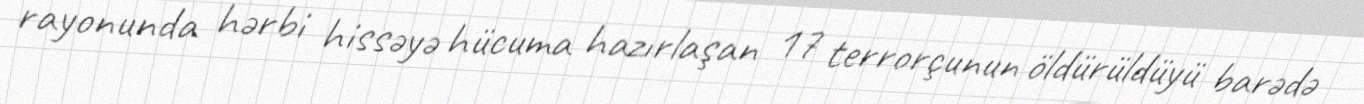
rayonunda hərbi hissəyə hücuma hazırlaşan 17 terrorçunun öldürüldüyü barədə